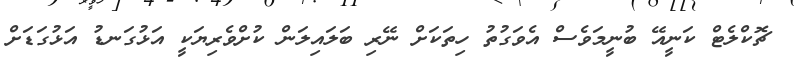
ޗޮކްލެޓް ކަނީއޭ ބުނީމަވެސް އެވަގުތު ހިތަކަށް ނޭރި ބަލައިލަން ކުށްވެރިޔަކީ އަޅުގަނޑު އަޅުގަޑަށް